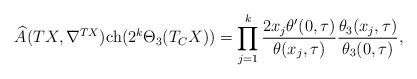
LaTeX: \begin{align*}{\widehat{A}(TX,\nabla^{TX})}{\rm ch}(2^k\Theta_3(T_{C}X))=\prod_{j=1}^{k}\frac{2 x_j\theta'(0,\tau)}{\theta(x_j,\tau)}\frac{\theta_3(x_j,\tau)}{\theta_3(0,\tau)},\end{align*}